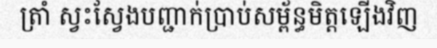
ត្រាំ ស្វះស្វែងបញ្ជាក់ប្រាប់សម្ព័ន្ធមិត្តឡើងវិញ